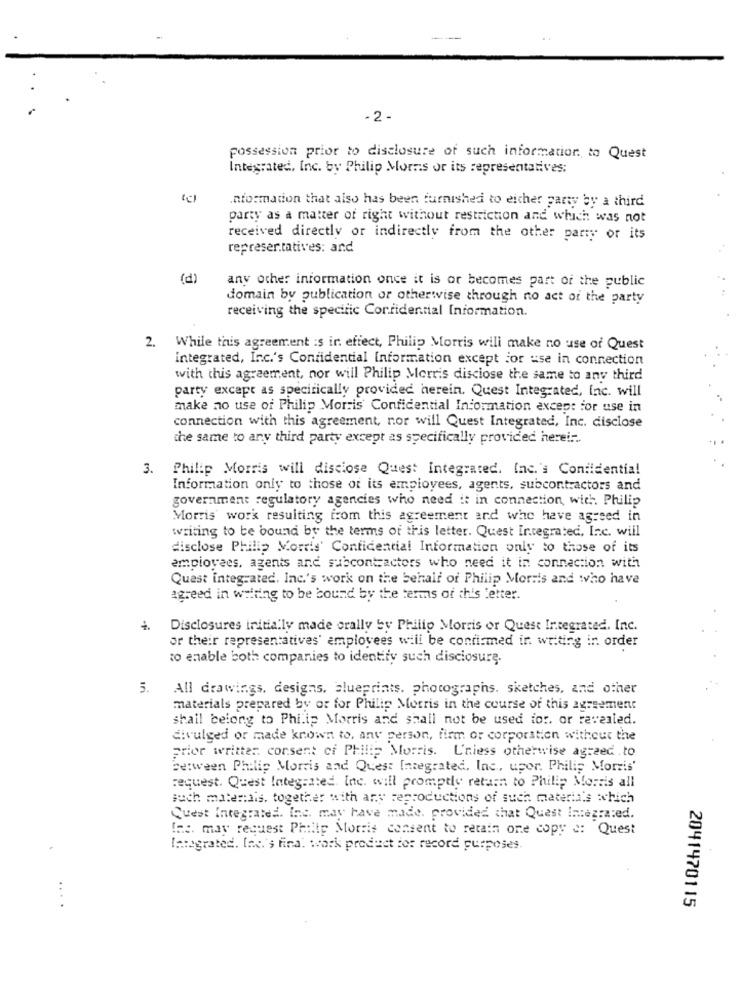
-2 -
possession prior to disclosure of such information. to Quest
Integrated, Inc. by Philip Morris or its representatives:
Information that also has been furnished to either party by a third
party as a matter of right without restriction and which was not
received directly or indirectly from the other party or its
representatives: and
(d)
any other information once it is or becomes part of the public
domain by publication or otherwise through no act of the party
receiving the specific Confidential Information.
2. While this agreement is ir effect, Philip Morris will make no use of Quest
Integrated, Inc.'s Confidential information except for use in connection
with this agreement, nor will Philip Morris disclose the same to any third
party except as specifically provided herein. Quest Integrated, Inc. will
make no use of Philip Morris Confidential Information except for use in
connection with this agreement, nor will Quest Integrated, Inc. disclose
the same to any third party except as specifically provided herei ...
3. Philip Morris will disciose Quest Integrated, Inc.'s Confidential
Information only to those of its employees, agents, subcontractors and
government regulatory agencies who need it in connection with Philip
Morris work resulting from this agreement and who have agreed in
writing to be bound by the terms of this letter. Quest Integrated, Inc. will
disclose Philip Morris' Confidential Information only to those of its
employees, agents and subcontractors who need it in connection with
Quest integrated. Inc.'s work on the behalf of Philip Morris and who have
agreed in willing to be bound by the terms of this letter.
Disclosures initially made orally by Philip Morris or Quest Integrated. Inc.
or their representatives' employees will be confirmed in writing in order
to enable both companies to identify such disclosure.
5.
All drawings, designs, blueprints. photographs. sketches, and other
materials prepared by or for Philip Morris in the course of this agreement
shall belong to Philip Morris and shall not be used for, or revealed.
divulged or made known to, any person, firm or corporation without the
prior written consent of Philip Morris. Unless otherwise agreed .to
between Philip Morris and Quest Integrated, Inc ., upor. Philip Morris'
request. Quest Integrated. Inc. will promptly return to Philip Morris all
such materiais. together with any reproductions of such materials which
Quest Integrated. Inc. may have made, provided that Quest Integrated.
Ins. may request Philip Morris consent to retain one copy e: Quest
Integrated, lnc.'s fina. work product for record purposes.
...
2041470115